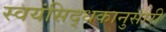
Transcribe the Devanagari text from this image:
स्वयंसिद्धकानुसारी